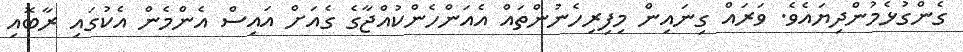
ގެންގުޅެމުންދިޔައެވެ. ވަރައް ގިނައިން މިފިރިހެނުންތައް އެއަންހެންކުއްޖާގެ ގެއަށް އައިސް އެންމެން އެކުގައި ރާބޮއި